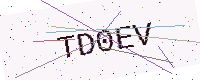
Text: TD0EV